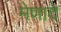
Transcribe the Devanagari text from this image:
मेणादे